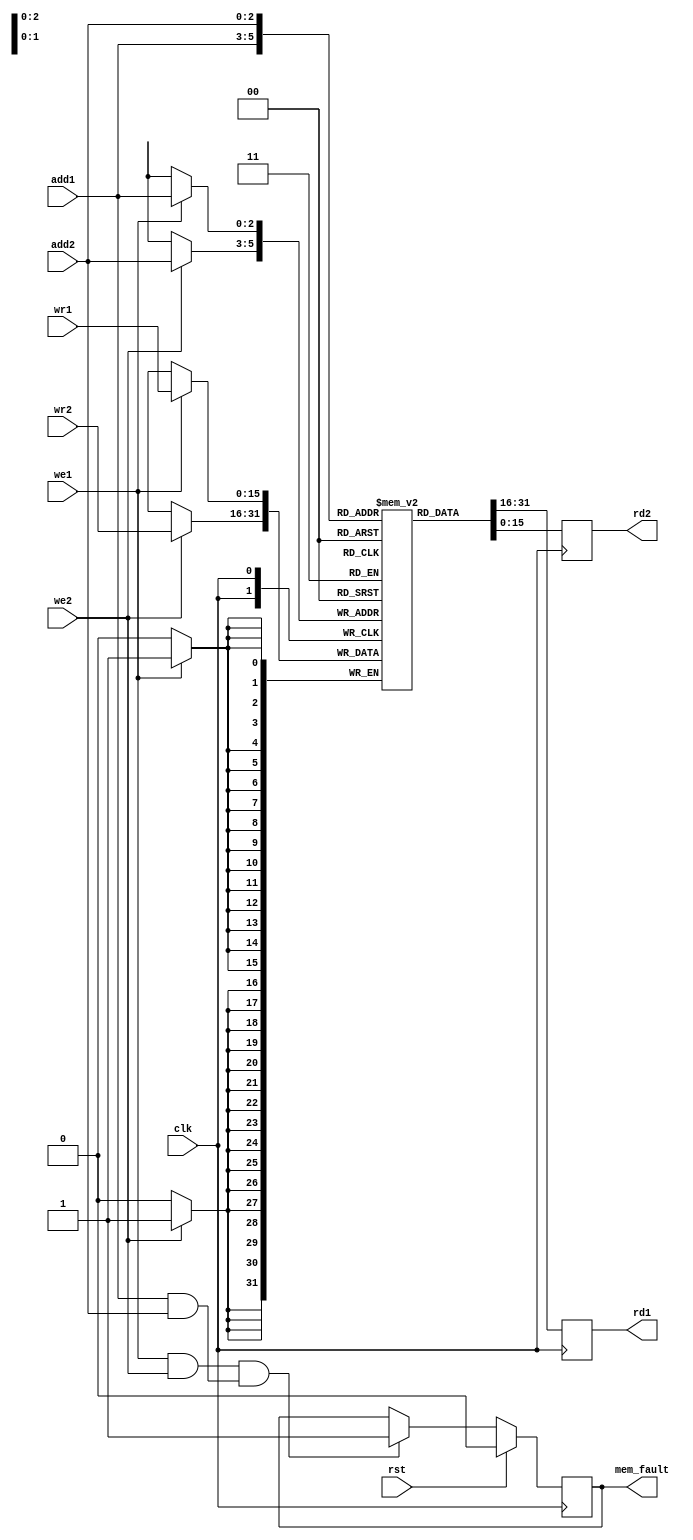
//*******************************************************************************************************************************************************/
//  Module Name: reg_array_dual
//  Module Type: Synchronous Dual Port Memory Array
//  Purpose: General Purpose Register Array for Neptune I v3.0
//  Description: A synchronous unidirectional dual port general purpose register array with a simple fault mechanism to detect dual write single address
//               collisions.
//*******************************************************************************************************************************************************/

module reg_array_dual(clk, rst, we1, we2, add1, add2, wr1, wr2, mem_fault, rd1, rd2);

	// Parameter Definitions

	parameter width = 'd16; // Register Array Width
	parameter depth = 'd8; // Register Array Depth
	parameter add_width = 'd3; // Register Addressing Width

	// Inputs

	input wire clk /* System Clock */, rst /* System Reset. Resets Memory Fault Flag. */; // Management Interfaces
	input wire we1 /* Write Enable to Port I */, we2 /* Write Enable to Port II */; // Control Interfaces
	input wire [add_width-1:0] add1 /* Address for Port I */, add2 /* Address for Port I */;
	input [width-1:0] wr1 /* Write Port I */, wr2 /* Write Port II */;

	// Outputs

	output reg mem_fault /* Memory Write Collision Fault Flag */;
	output reg [width-1:0] rd1 /* Read Port I */, rd2 /* Read Port II */;

	// Internal

	reg [width-1:0] mem_arr [0:depth-1] /* Memory Array */;

	// Fault Logic

	always@(posedge clk) begin
		if(rst) mem_fault <= 1'b0;
		else if((we1 && we2) && (add1 && add2)) mem_fault <= 1'b1;
	end

	// Memory Read Block

	always@(posedge clk) begin
		rd1 [width-1:0] <= mem_arr[add1] [width-1:0]; // Read to Port I if re1 is true.
		rd2 [width-1:0] <= mem_arr[add2] [width-1:0]; // Read to Port II if re2 is true.
	end

	// Memory Write Block

	always@(posedge clk) begin
		if(we1) mem_arr[add1] [width-1:0] <= wr1 [width-1:0]; // Write from Port I if we1 is true.
		if(we2) mem_arr[add2] [width-1:0] <= wr2 [width-1:0]; // Write from Port II if we2 is true.
	end

endmodule